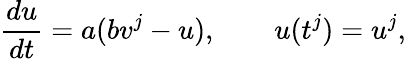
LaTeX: \frac{du}{dt}=a(bv^{j}-u),\qquad u(t^{j})=u^{j},